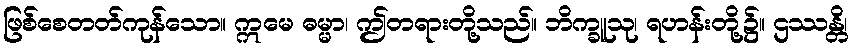
ဖြစ်စေတတ်ကုန်သော။ ဣမေ ဓမ္မာ၊ ဤတရားတို့သည်။ ဘိက္ခူသု၊ ရဟန်းတို့၌။ ဌဿန္တိ၊